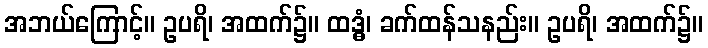
အဘယ်ကြောင့်။ ဥပရိ၊ အထက်၌။ ထဒ္ဓံ၊ ခက်ထန်သနည်း။ ဥပရိ၊ အထက်၌။